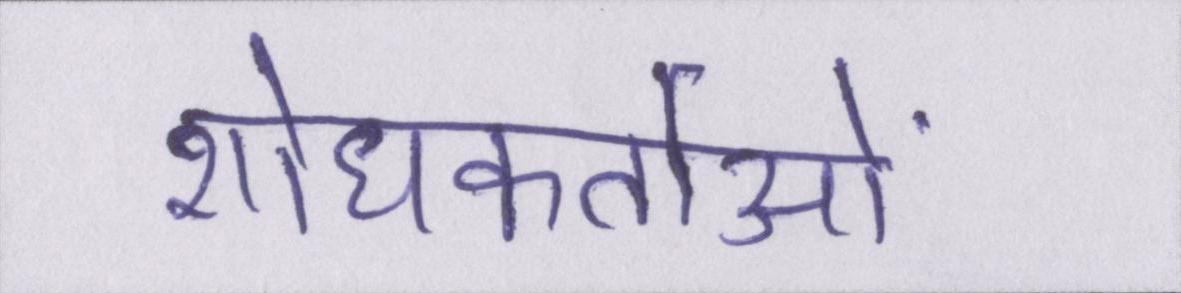
शोधकर्ताओं